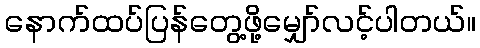
နောက်ထပ်ပြန်တွေ့ဖို့မျှော်လင့်ပါတယ်။